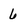
Character: 6